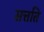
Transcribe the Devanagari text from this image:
सत्तति